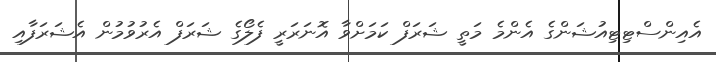
އެއިންސްޓިޓިއުޝަންގެ އެންމެ މަތީ ޝަރަފް ކަމަށްވާ އޮނަރަރީ ފެލޯގެ ޝަރަފް އެރުވުމުން އެޝަރަފާއި